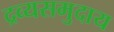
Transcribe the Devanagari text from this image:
द्रव्यसमुदाय